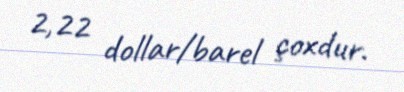
2,22 dollar/barel çoxdur.